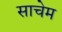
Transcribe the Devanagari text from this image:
साचेम